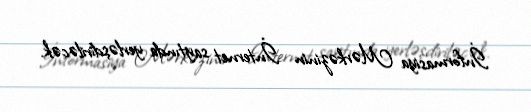
İnformasiya Mərkəzinin İnternet saytında yerləşdiriləcək.